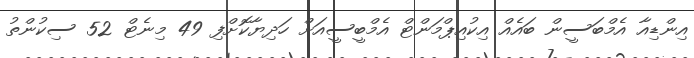
އިންޑިއާ އެމްބަސީން ބައެއް އިކުއިޕްމަންޓް އެމްބީސީއަށް ހަދިޔާކޮށްފި 49 މިނެޓް 52 ސިކުންތު